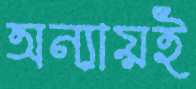
অন্যায়ই